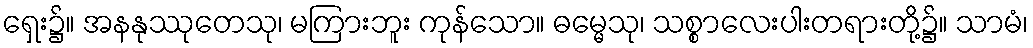
ရှေး၌။ အနနုဿုတေသု၊ မကြားဘူး ကုန်သော။ ဓမ္မေသု၊ သစ္စာလေးပါးတရားတို့၌။ သာမံ၊